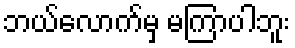
ဘယ်လောက်မှ မကြာပါဘူး